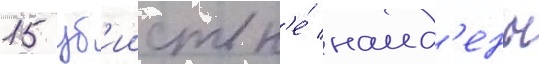
15 уб'ииств н'е́ наид'ены